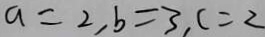
a = 2 , b = 3 , c = 2